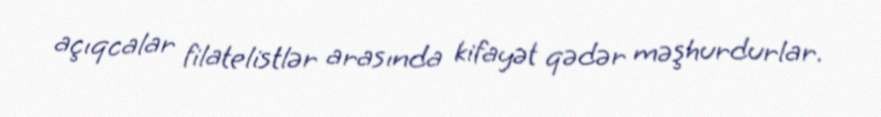
açıqcalar filatelistlər arasında kifayət qədər məşhurdurlar.